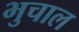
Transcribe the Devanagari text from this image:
भुचाल